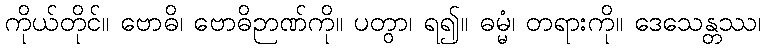
ကိုယ်တိုင်။ ဗောဓိ၊ ဗောဓိဉာဏ်ကို။ ပတွာ၊ ရ၍။ ဓမ္မံ၊ တရားကို။ ဒေသေန္တဿ၊